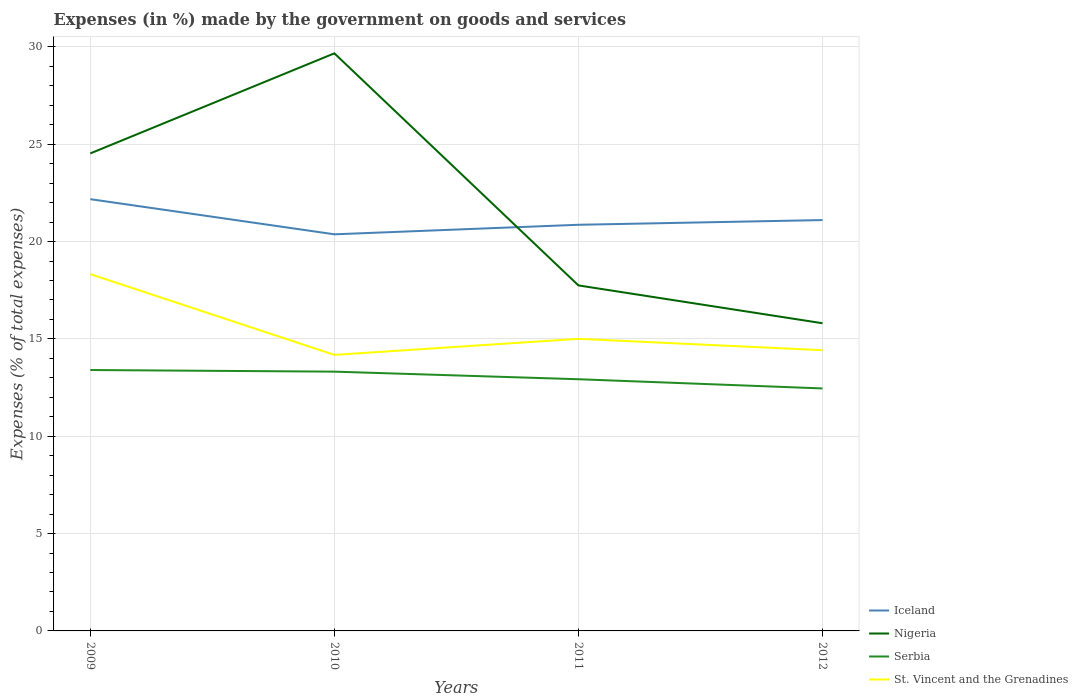
| Years | Iceland | Nigeria | Serbia | St. Vincent and the Grenadines |
 | --- | --- | --- | --- | --- |
 | 2009 | 22.2 | 24.5 | 13.4 | 18.3 |
 | 2010 | 20.4 | 29.7 | 13.3 | 14.2 |
 | 2011 | 20.9 | 17.7 | 12.9 | 15 |
 | 2012 | 21.1 | 15.8 | 12.5 | 14.4 |